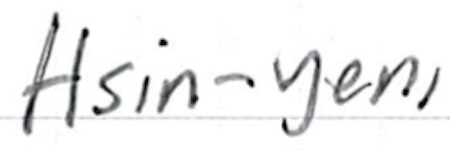
Text: Hsin-yen,
Cross-out: clean
Writing tool: ballpoint